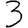
Digit: 3